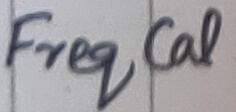
Text: Freq CAL.